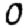
Digit: 0